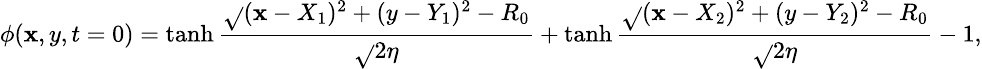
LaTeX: \small\phi(\mathbf{x},y,t=0)=\operatorname{tanh}\frac{{\sqrt{}{{(\mathbf{x}-X_{1})^{2}+(y-Y_{1})^{2}}}-R_{0}}}{{\sqrt{}{{2}}\eta}}+\operatorname{tanh}\frac{{\sqrt{}{{(\mathbf{x}-X_{2})^{2}+(y-Y_{2})^{2}}}-R_{0}}}{{\sqrt{}{{2}}\eta}}-1,